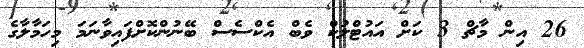
26 އިން މާޗް 3 ކަށް އައުޓްލުކް ވެބް އެކްސެސް ބޭނުންކޮށްފައިވާނަމަ މިހަމާލާގެ